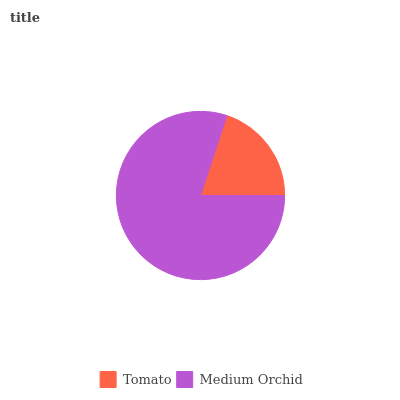
| Tomato | Medium Orchid |
 | --- | --- |
 | 19.9% | 80.1% |